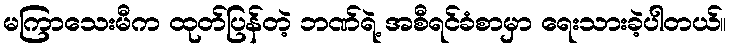
မကြာသေးမီက ထုတ်ပြန်တဲ့ ဘဏ်ရဲ့ အစီရင်ခံစာမှာ ရေးသားခဲ့ပါတယ်။